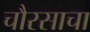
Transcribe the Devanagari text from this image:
चौरसाचा